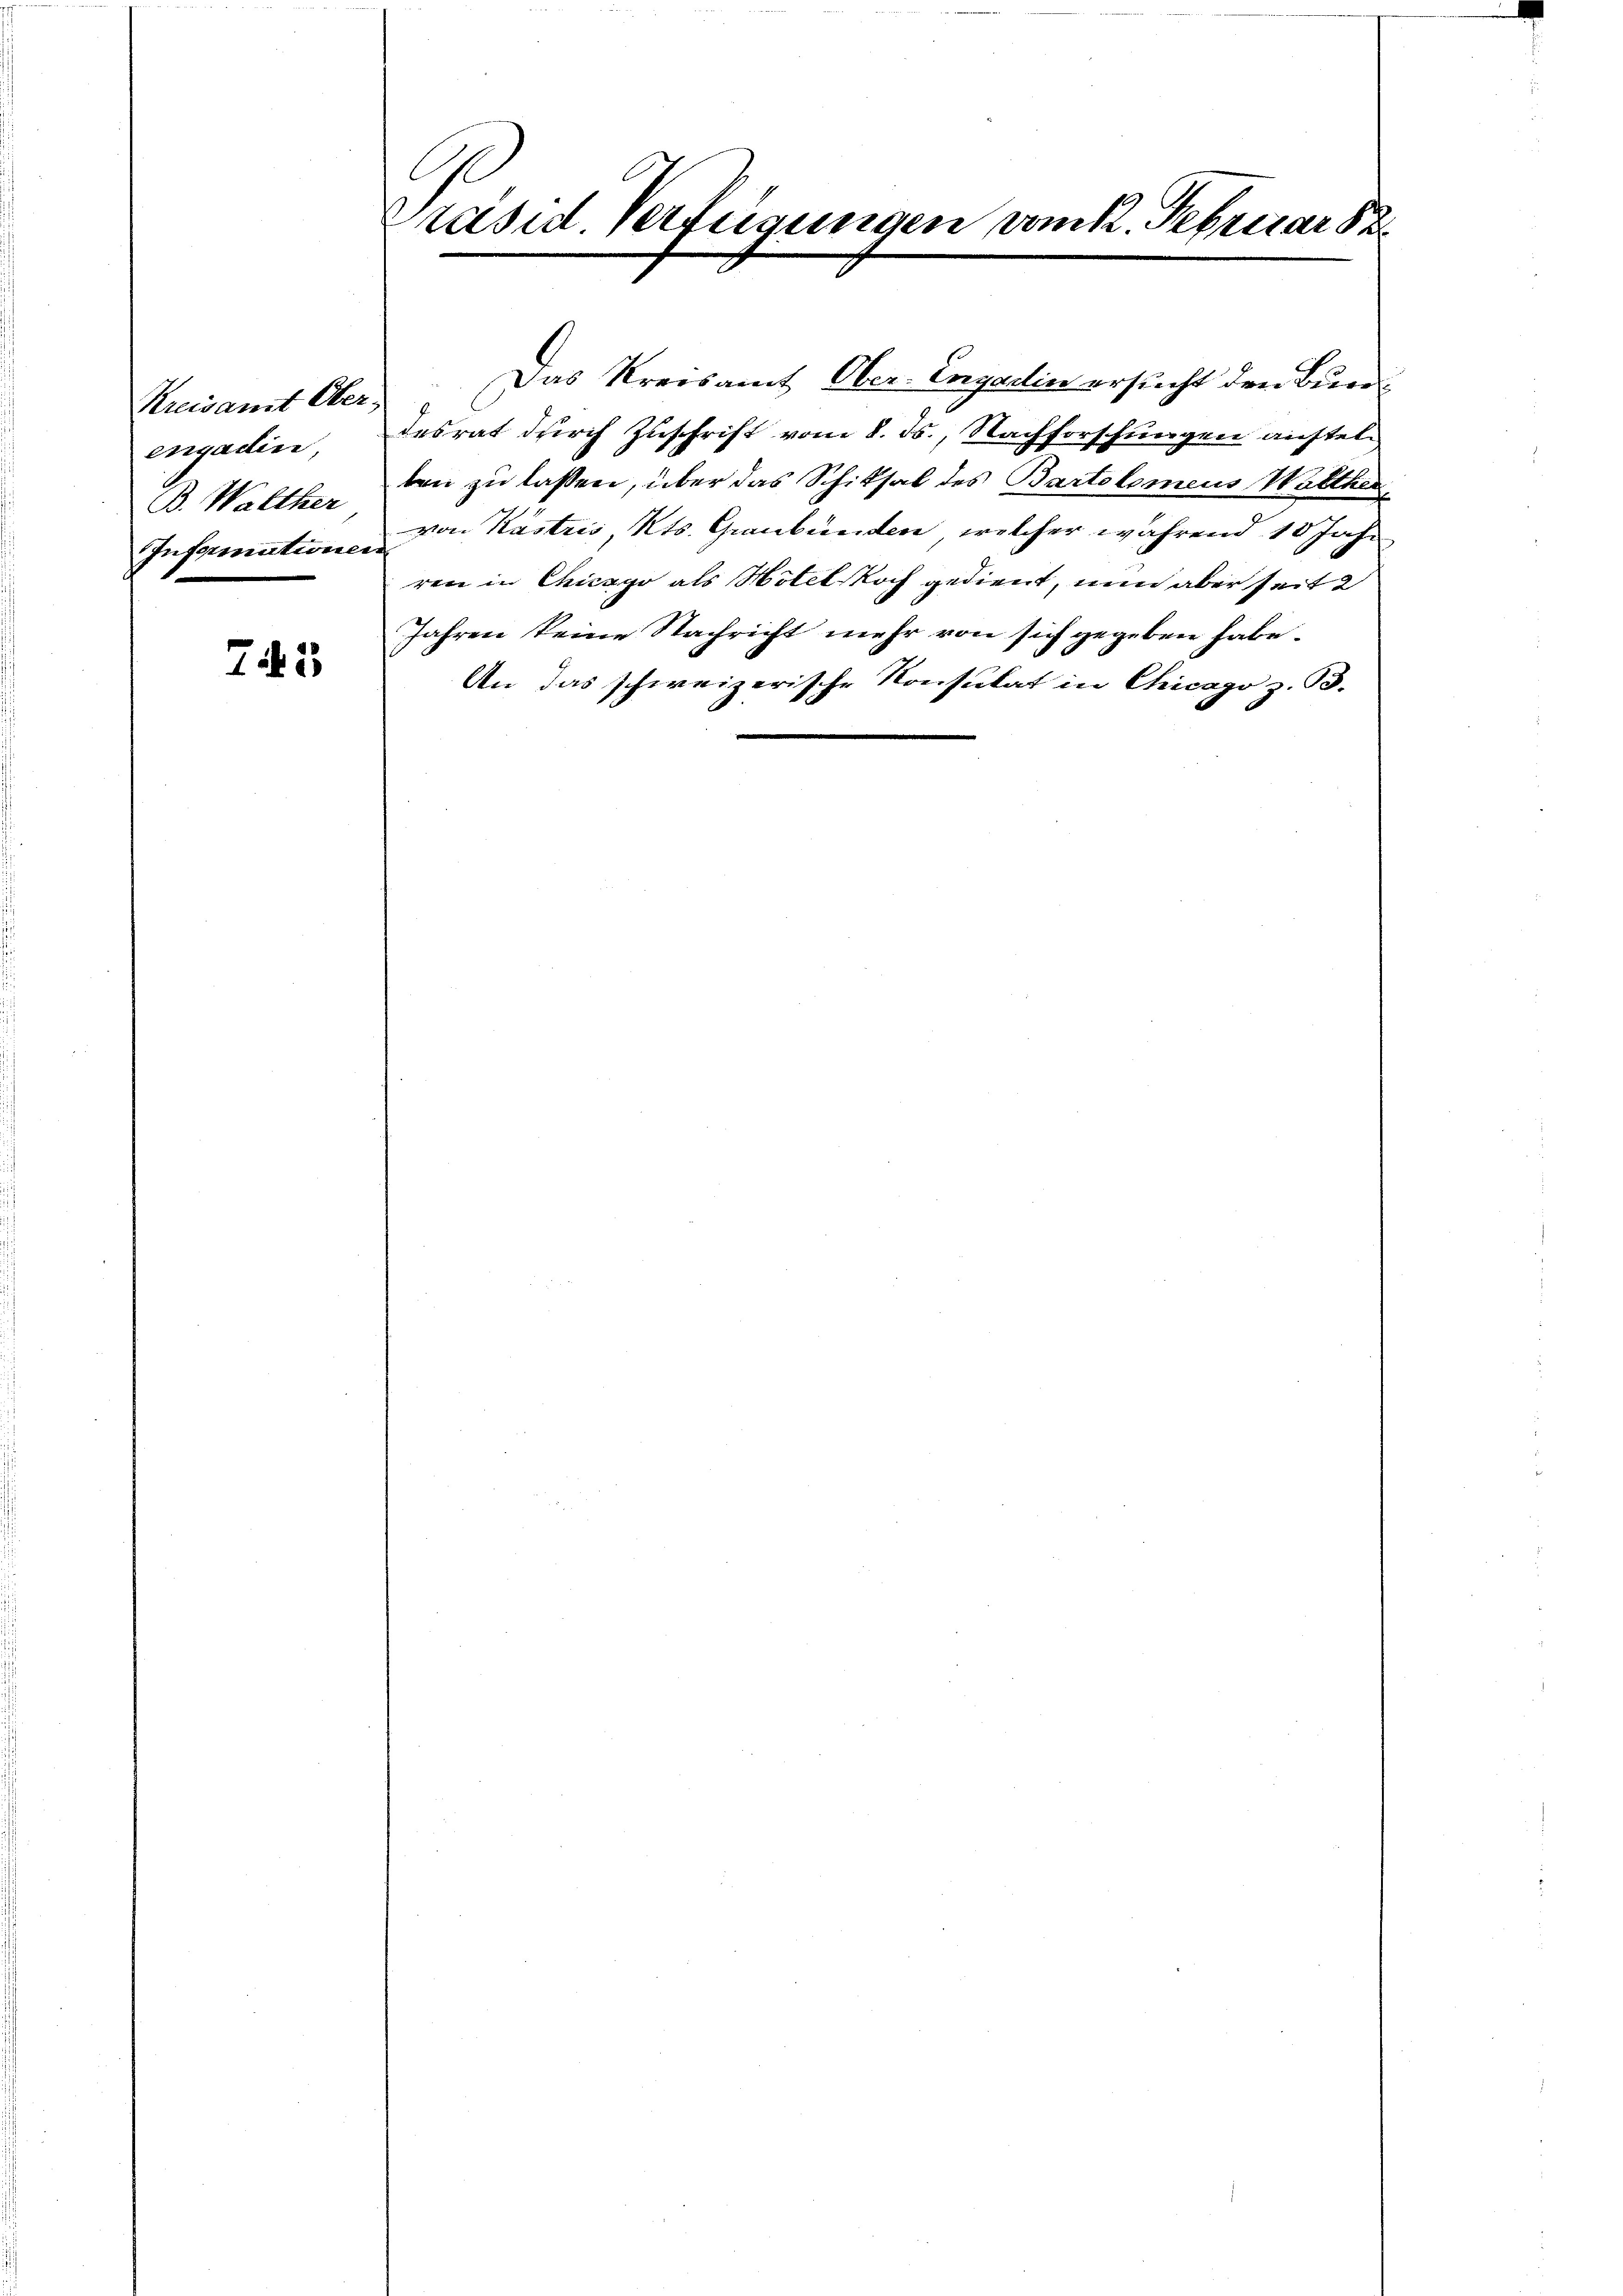
Kreisamt Ober
engadin,
B. Walther
Informationen

743

Präsid. Verfügungen vom 1. Februar

Das Kreisamt Ober-Engadin ersucht den Bundesrat durch Zuschrift vom 8. ds., Nachforschungen austelten zu lassen, über das Schiksal des Bartolomeus Walther
von Kastris, Kts. Graubünden, welcher während 10 Jahr
rene in Chicago als Hotel Koch gedient, nun aber seit 2
Jahren keine Nachricht mehr von sich gegeben habe.
An das schweizerische Konsulat in Chicago z. B.